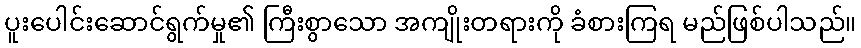
ပူးပေါင်းဆောင်ရွက်မှု၏ ကြီးစွာသော အကျိုးတရားကို ခံစားကြရ မည်ဖြစ်ပါသည်။